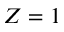
Z = 1